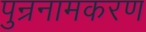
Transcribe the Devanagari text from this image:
पुन्रनामकरण